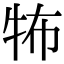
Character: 𤙅